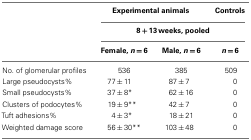
|  | <COLSPAN=2> Experimental animals | Controls |
 |  | <COLSPAN=3> 8 + 13 weeks, pooled |
 |  | Female, n = 6 | Male, n = 6 | n = 6 |
 | --- | --- | --- | --- |
 | No. of glomerular profiles | 536 | 385 | 509 |
 | Large pseudocysts% | 77 ± 11 | 87 ± 7 | 0 |
 | Small pseudocysts% | 37 ± 8* | 62 ± 16 | 0 |
 | Clusters of podocytes% | 19 ± 9** | 42 ± 7 | 0 |
 | Tuft adhesions% | 4 ± 3* | 18 ± 21 | 0 |
 | Weighted damage score | 56 ± 30** | 103 ± 48 | 0 |